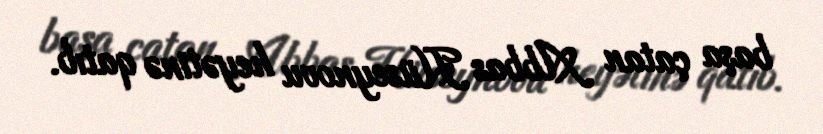
başa çatan Abbas Hüseynovu heyətinə qatıb.